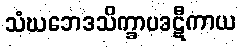
သံဃဘေဒသိက္ခာပဒဋီကာယ